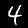
Digit: 4